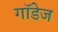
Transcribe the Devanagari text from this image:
गॉडेज